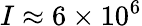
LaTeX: I\approx 6\times 10^{6}